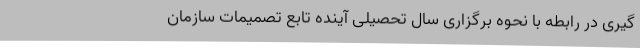
گیری در رابطه با نحوه برگزاری سال تحصیلی آینده تابع تصمیمات سازمان